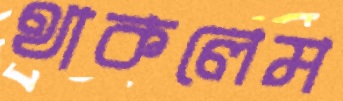
থাকলেম